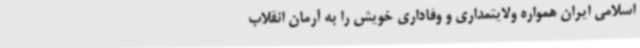
اسلامی ایران همواره ولایتمداری و وفاداری خویش را به آرمان انقلاب